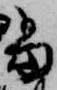
当